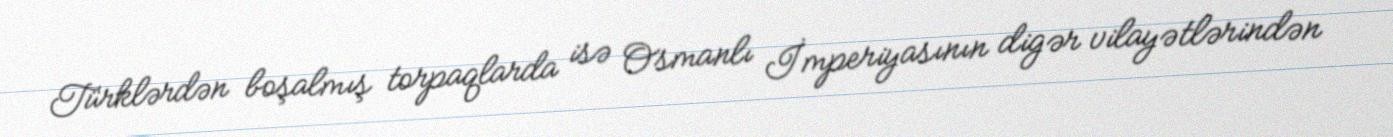
Türklərdən boşalmış torpaqlarda isə Osmanlı İmperiyasının digər vilayətlərindən